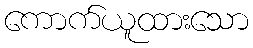
ကောက်ယူထားသော